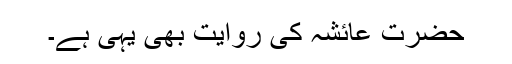
حضرت عائشہؓ کی روایت بھی یہی ہے۔